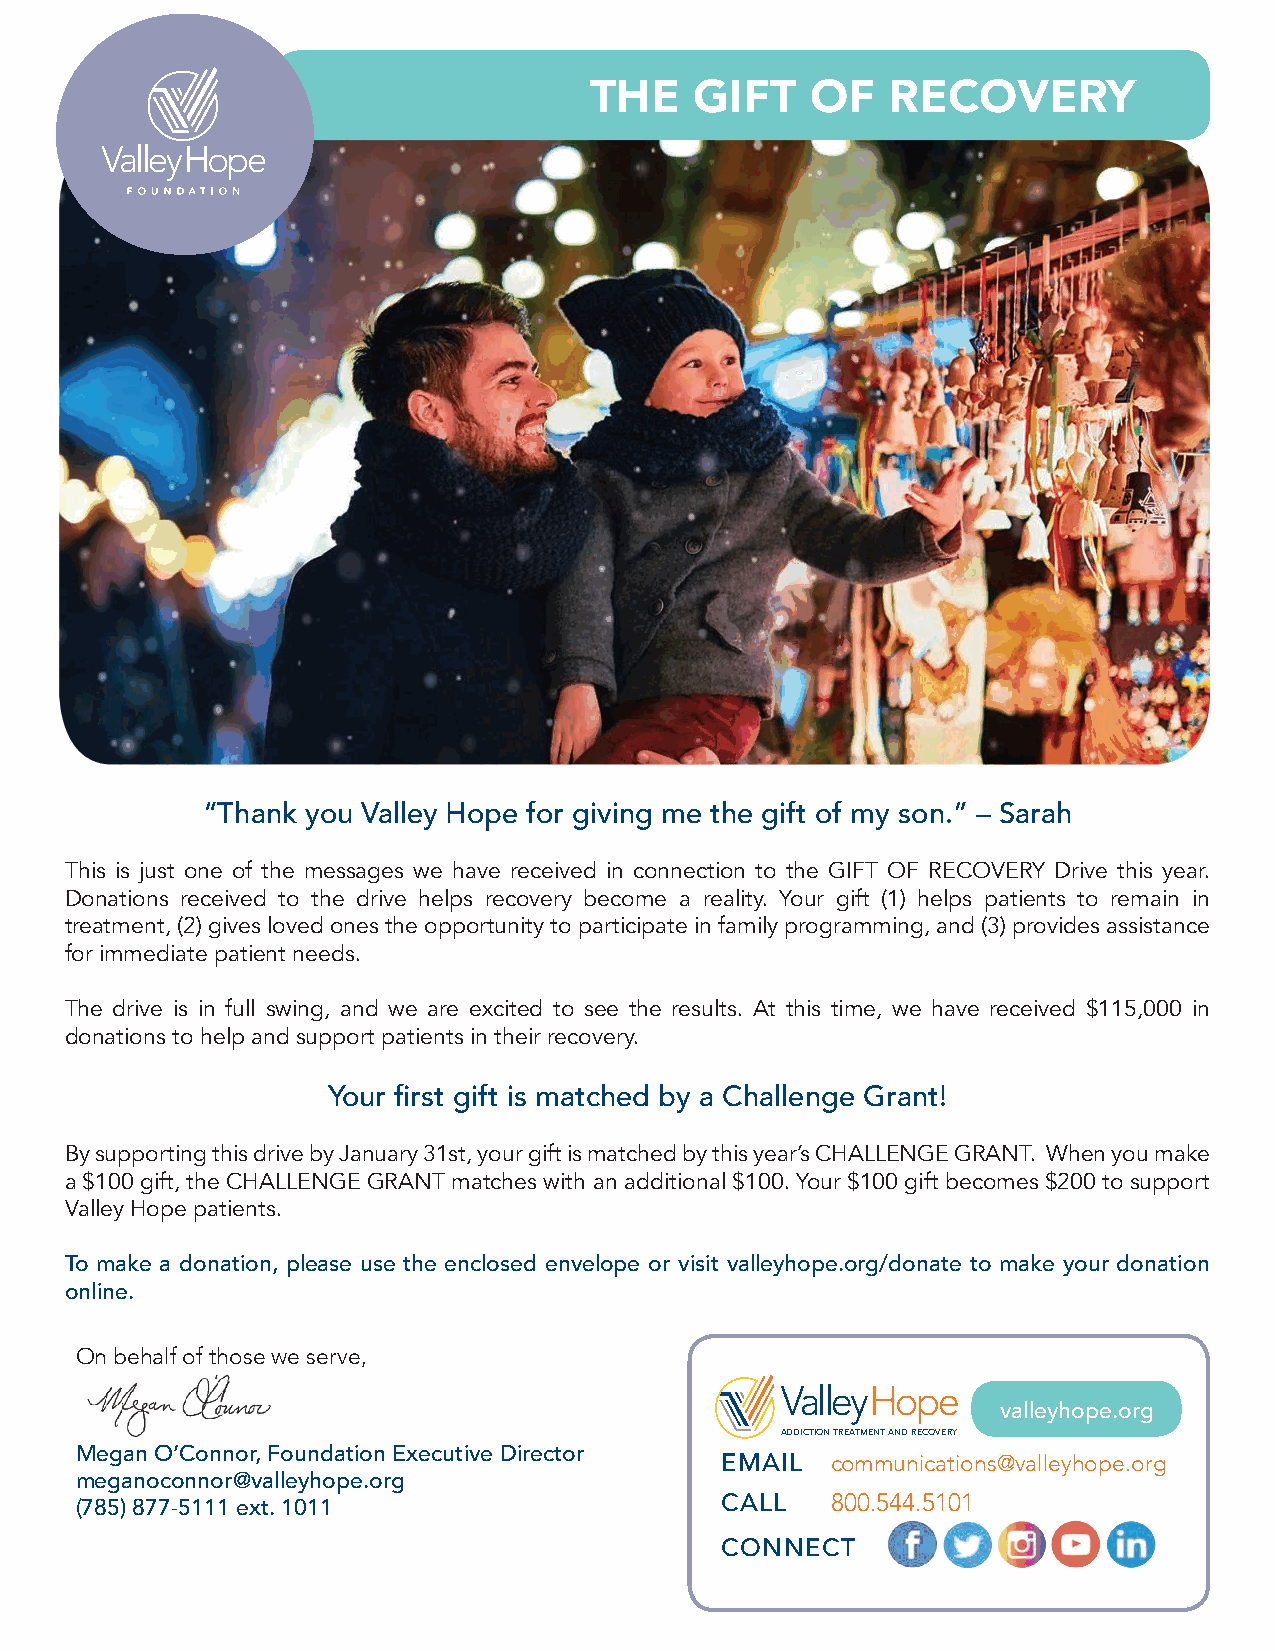
THE    GIFT    OF   RECOVERY
 “Thank you Valley Hope for giving me the gift of my son.” – Sarah
 This is just one of the messages we have received in connection to the GIFT OF RECOVERY Drive this year.
 Donations received to the drive helps recovery become a reality. Your gift (1) helps patients to remain in
 treatment, (2) gives loved ones the opportunity to participate in family programming, and (3) provides assistance
 for immediate patient needs.
 The drive is in full swing, and we are excited to see the results. At this time, we have received $115,000 in
 donations to help and support patients in their recovery.
 Your first gift is matched by a Challenge Grant!
 By supporting this drive by January 31st, your gift is matched by this year’s CHALLENGE GRANT. When you make
 a $100 gift, the CHALLENGE GRANT matches with an additional $100. Your $100 gift becomes $200 to support
 Valley Hope patients.
 To make a donation, please use the enclosed envelope or visit valleyhope.org/donate to make your donation
 online.
 On behalf of those we serve,
 valleyhope.org
 ADDICTION TREATMENT AND RECOVERY
 Megan O’Connor, Foundation Executive Director
 EMAIL  communications@valleyhope.org
 meganoconnor@valleyhope.org
 (785) 877-5111 ext. 1011                   CALL   800.544.5101
 CONNECT